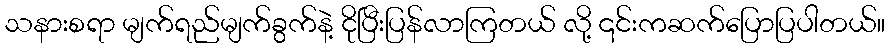
သနားစရာ မျက်ရည်မျက်ခွက်နဲ့ ငိုပြီးပြန်လာကြတယ် လို့ ၎င်းကဆက်ပြောပြပါတယ်။